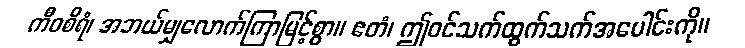
ကီဝစိရံ၊ အဘယ်မျှလောက်ကြာမြင့်စွာ။ ဧတံ၊ ဤဝင်သက်ထွက်သက်အပေါင်းကို။